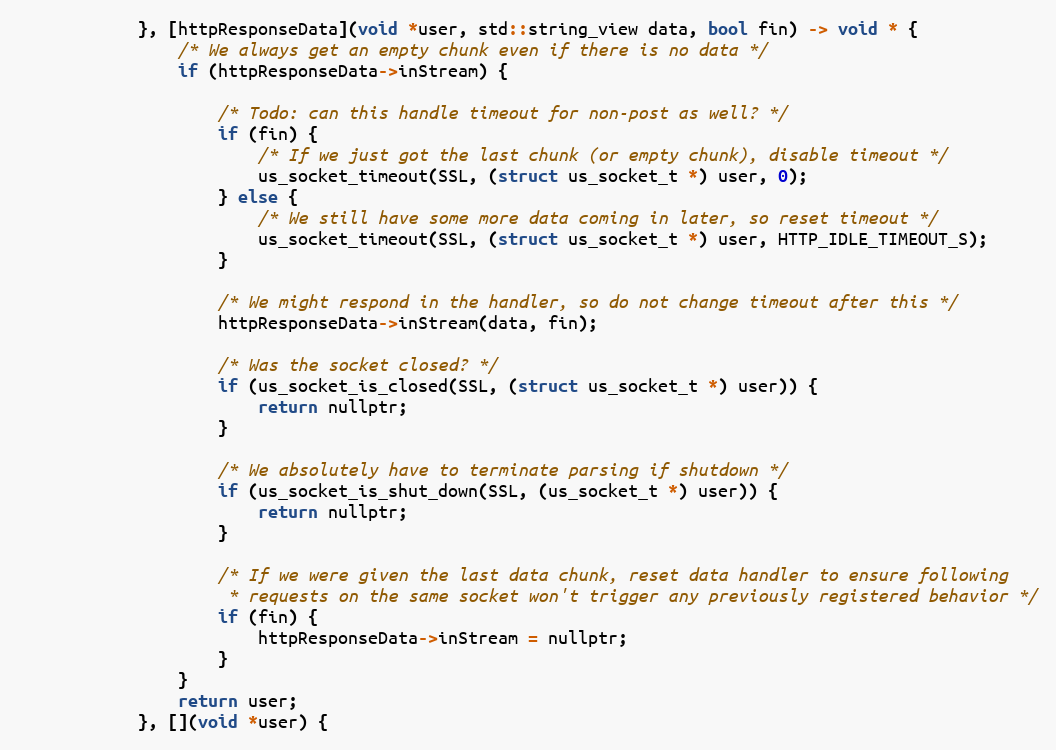
Language: C
            }, [httpResponseData](void *user, std::string_view data, bool fin) -> void * {
                /* We always get an empty chunk even if there is no data */
                if (httpResponseData->inStream) {

                    /* Todo: can this handle timeout for non-post as well? */
                    if (fin) {
                        /* If we just got the last chunk (or empty chunk), disable timeout */
                        us_socket_timeout(SSL, (struct us_socket_t *) user, 0);
                    } else {
                        /* We still have some more data coming in later, so reset timeout */
                        us_socket_timeout(SSL, (struct us_socket_t *) user, HTTP_IDLE_TIMEOUT_S);
                    }

                    /* We might respond in the handler, so do not change timeout after this */
                    httpResponseData->inStream(data, fin);

                    /* Was the socket closed? */
                    if (us_socket_is_closed(SSL, (struct us_socket_t *) user)) {
                        return nullptr;
                    }

                    /* We absolutely have to terminate parsing if shutdown */
                    if (us_socket_is_shut_down(SSL, (us_socket_t *) user)) {
                        return nullptr;
                    }

                    /* If we were given the last data chunk, reset data handler to ensure following
                     * requests on the same socket won't trigger any previously registered behavior */
                    if (fin) {
                        httpResponseData->inStream = nullptr;
                    }
                }
                return user;
            }, [](void *user) {